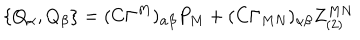
\{ Q _ { \alpha } , Q _ { \beta } \} = ( C \Gamma ^ { M } ) _ { \alpha \beta } P _ { M } + ( C \Gamma _ { M N } ) _ { \alpha \beta } Z _ { ( 2 ) } ^ { M N }